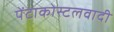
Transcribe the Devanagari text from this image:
पेंटाकोस्टलवादी